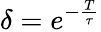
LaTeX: \delta=e^{-\frac{T}{\tau}}